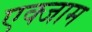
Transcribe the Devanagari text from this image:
एक्जाम